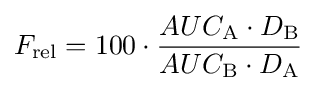
F_{\mathrm {rel} }=100\cdot {\frac {AUC_{\mathrm {A} }\cdot D_{\mathrm {B} }}{AUC_{\mathrm {B} }\cdot D_{\mathrm {A} }}}